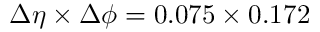
{ \Delta \eta \times \Delta \phi = 0 . 0 7 5 \times 0 . 1 7 2 }